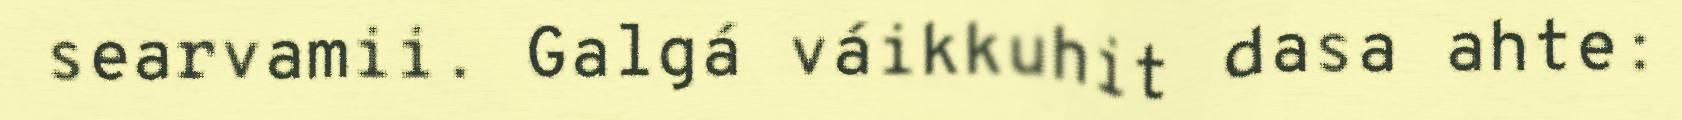
searvamii. Galgá váikkuhit dasa ahte: